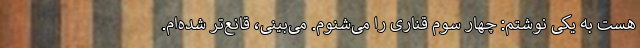
هست به یکی نوشتم: چهار سوم قناری را می‌شنوم. می‌بینی، قانع‌تر شده‌ام.